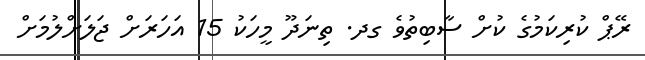
ރޭޕް ކުރިކަމުގެ ކުށް ސާބިތުވެ ގދ. ތިނަދޫ މީހަކު 15 އަހަރަށް ޖަލަށްލުމަށް